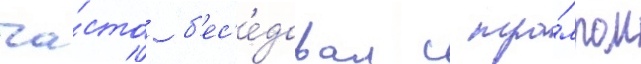
ча́сто б'ес'е́довал с тра́мпом